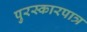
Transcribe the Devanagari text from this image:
पुरस्कारपात्र